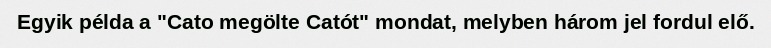
Egyik példa a "Cato megölte Catót" mondat, melyben három jel fordul elő.